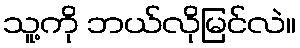
သူ့ကို ဘယ်လိုမြင်လဲ။